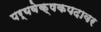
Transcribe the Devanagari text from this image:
पर्यवेक्षकपदावर